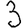
Digit: 3